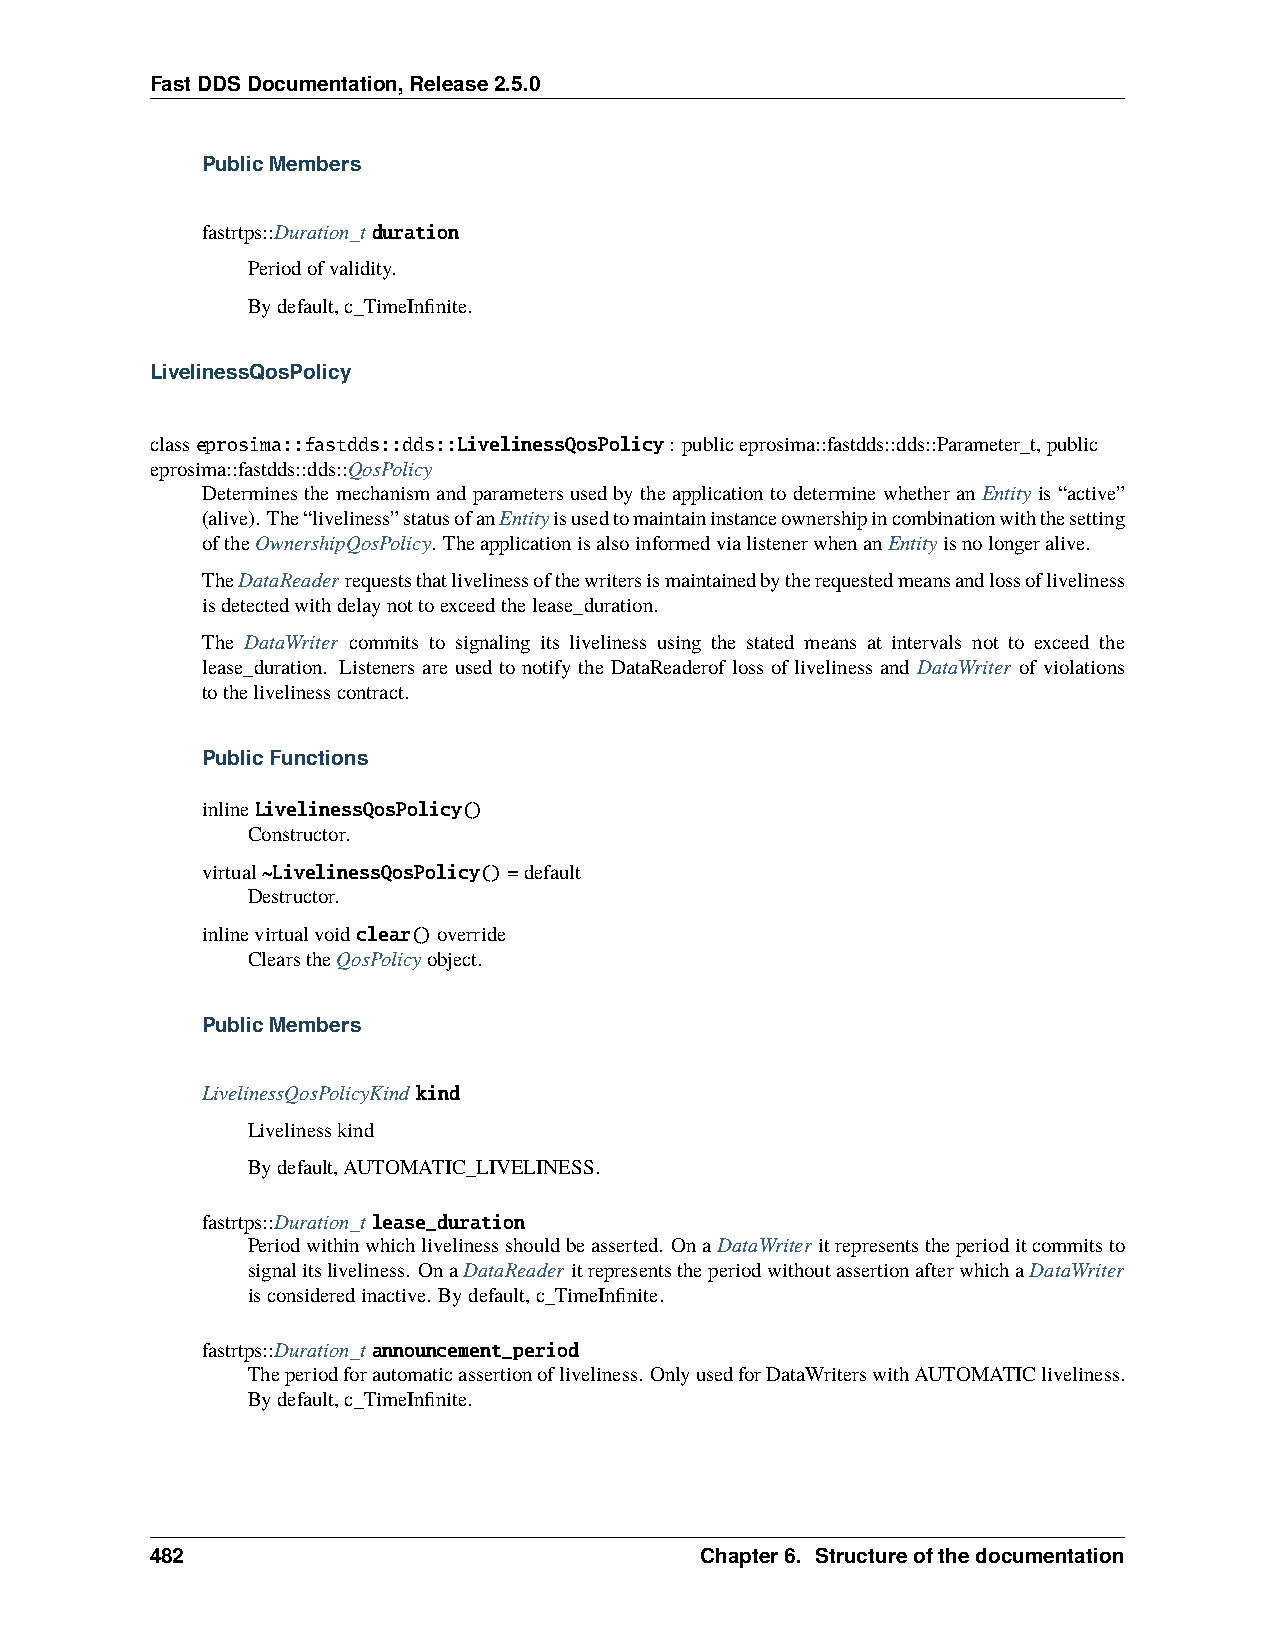
FastDDSDocumentation,Release2.5.0
 PublicMembers
 fastrtps::Duration_tduration
 Periodofvalidity.
 Bydefault,c_TimeInfinite.
 LivelinessQosPolicy
 classeprosima::fastdds::dds::LivelinessQosPolicy: publiceprosima::fastdds::dds::Parameter_t,public
 eprosima::fastdds::dds::QosPolicy
 Determinesthemechanismandparametersusedbytheapplicationtodeterminewhetheran Entity is“active”
 (alive). The“liveliness”statusofanEntityisusedtomaintaininstanceownershipincombinationwiththesetting
 oftheOwnershipQosPolicy. TheapplicationisalsoinformedvialistenerwhenanEntityisnolongeralive.
 TheDataReaderrequeststhatlivelinessofthewritersismaintainedbytherequestedmeansandlossofliveliness
 isdetectedwithdelaynottoexceedthelease_duration.
 The DataWriter commits to signaling its liveliness using the stated means at intervals not to exceed the
 lease_duration. Listeners are used to notify the DataReaderof loss of liveliness and DataWriter of violations
 tothelivelinesscontract.
 PublicFunctions
 inlineLivelinessQosPolicy()
 Constructor.
 virtual~LivelinessQosPolicy()=default
 Destructor.
 inlinevirtualvoidclear()override
 ClearstheQosPolicyobject.
 PublicMembers
 LivelinessQosPolicyKind kind
 Livelinesskind
 Bydefault,AUTOMATIC_LIVELINESS.
 fastrtps::Duration_tlease_duration
 Periodwithinwhichlivelinessshouldbeasserted. OnaDataWriter itrepresentstheperioditcommitsto
 signalitsliveliness. OnaDataReader itrepresentstheperiodwithoutassertionafterwhichaDataWriter
 isconsideredinactive. Bydefault,c_TimeInfinite.
 fastrtps::Duration_tannouncement_period
 Theperiodforautomaticassertionofliveliness. OnlyusedforDataWriterswithAUTOMATICliveliness.
 Bydefault,c_TimeInfinite.
 482                                 Chapter6. Structureofthedocumentation